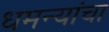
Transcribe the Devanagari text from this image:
धमन्यांचा